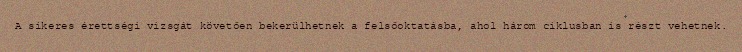
A sikeres érettségi vizsgát követően bekerülhetnek a felsőoktatásba, ahol három ciklusban is részt vehetnek.